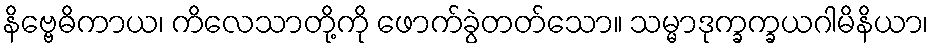
နိဗ္ဗေဓိကာယ၊ ကိလေသာတို့ကို ဖောက်ခွဲတတ်သော။ သမ္မာဒုက္ခက္ခယဂါမိနိယာ၊